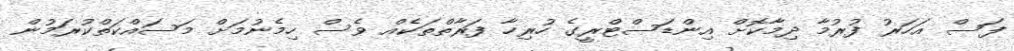
ފަސް އަހަރު ފުރުމާ ދިމާކޮށް އިންޑަސްޓްރީގެ ހުރިހާ ފަރާތްތަކެއް ވެސް ހިމެނުމަށް މަސައްކަތްކުރަމުން